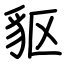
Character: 䝙